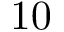
1 0